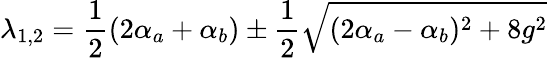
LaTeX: \lambda_{1,2}=\frac{1}{2}(2\alpha_{a}+\alpha_{b})\pm\frac{1}{2}\sqrt{(2\alpha_{a}-\alpha_{b})^{2}+8g^{2}}